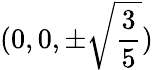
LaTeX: (0,0,\pm\sqrt{\frac{3}{5}})